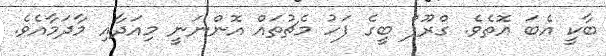
ބާކީ އެބަ އޮތެވެ. ގްރޫޕް ބީގެ ފަހު މެޗުތައް އޮންނަނީ މިއަދާއި މާދަމާއެވެ.